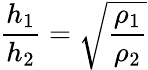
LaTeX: {\frac{h_{1}}{h_{2}}}=\sqrt{\frac{\rho_{1}}{\rho_{2}}}